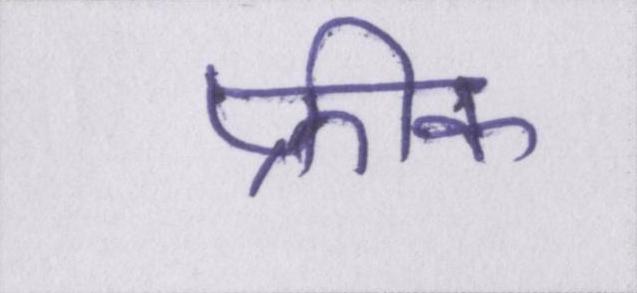
फ्रीक